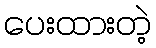
ပေးထားတဲ့